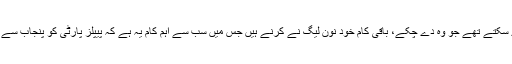
یہ انداز فکر درست نہیں کیونکہ بیچارے عوام تو ووٹ دے سکتے تھے جو وہ دے چکے، باقی کام خود نون لیگ نے کرنے ہیں جس میں سب سے اہم کام یہ ہے کہ پیپلز پارٹی کو پنجاب سے دور یعنی اس کی وزارت اعلیٰ سے دور کیسے رکھنا ہے۔